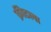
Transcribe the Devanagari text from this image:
क्रीटला